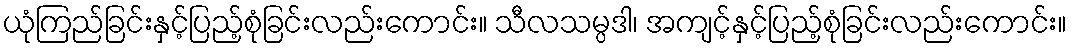
ယုံကြည်ခြင်းနှင့်ပြည့်စုံခြင်းလည်းကောင်း။ သီလသမ္ပဒါ၊ အကျင့်နှင့်ပြည့်စုံခြင်းလည်းကောင်း။